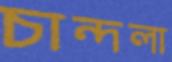
চান্দলা